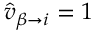
\hat { v } _ { \beta \to i } = 1